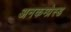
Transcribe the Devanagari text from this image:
अनकम्प्रेस्ड